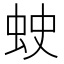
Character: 𧊍